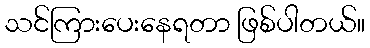
သင်ကြားပေးနေရတာ ဖြစ်ပါတယ်။